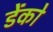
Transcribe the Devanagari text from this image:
डेंको